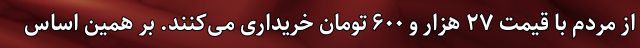
از مردم با قیمت ۲۷ هزار و ۶۰۰ تومان خریداری می‌کنند. بر همین‌ اساس